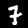
Digit: 7